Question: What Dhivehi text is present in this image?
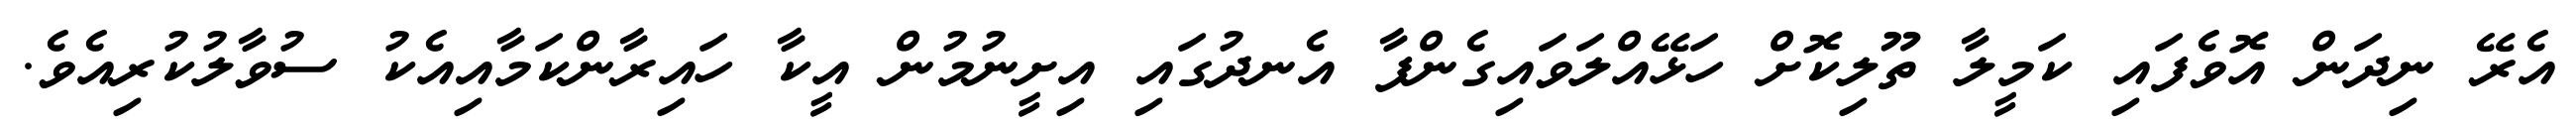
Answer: އެރޭ ނިދަން އޮވެފައި ކަމީލާ ތޫލިކޮށް ހަޅޭއްލަވައިގެންފާ އެނދުގައި އިށީނުމުން އީކާ ހައިރާންކަމާއިއެކު ސުވާލުކުރިއެވެ.